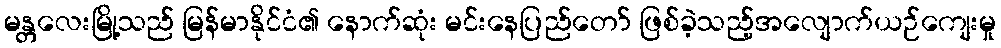
မန္တလေးမြို့သည် မြန်မာနိုင်ငံ၏ နောက်ဆုံး မင်းနေပြည်တော် ဖြစ်ခဲ့သည့်အလျောက်ယဉ်ကျေးမှု